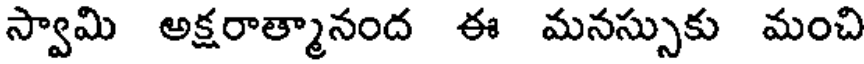
స్వామి అక్షరాత్మానంద ఈ మనస్సుకు మంచి